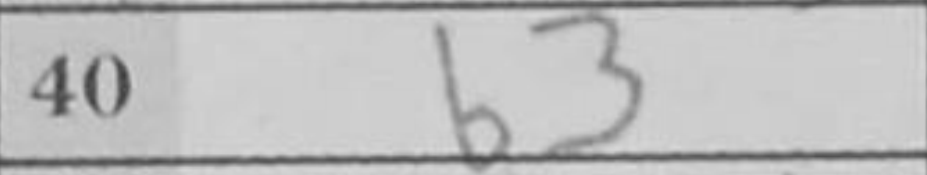
Transcription: b3